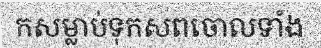
កសម្លាប់ទុកសពចោលទាំង